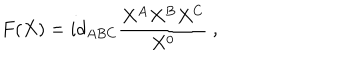
F ( X ) = i d _ { A B C } { \frac { X ^ { A } X ^ { B } X ^ { C } } { X ^ { 0 } } } \ ,